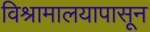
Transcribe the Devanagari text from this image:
विश्रामालयापासून